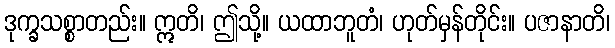
ဒုက္ခသစ္စာတည်း။ ဣတိ၊ ဤသို့။ ယထာဘူတံ၊ ဟုတ်မှန်တိုင်း။ ပဇာနာတိ၊